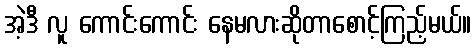
အဲ့ဒီ လူ ကောင်းကောင်း နေမလားဆိုတာစောင့်ကြည့်မယ်။